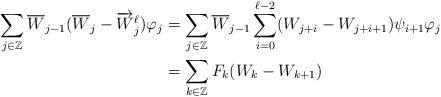
LaTeX: \begin{align*}\begin{aligned}\sum_{ j \in \mathbb{Z} } \overline{ W }_{ j -1 } ( \overline{W}_j - \overrightarrow{W}^\ell_j ) \varphi_j & = \sum_{ j \in \mathbb{Z} } \overline{ W }_{ j -1 } \sum_{ i = 0 }^{ \ell -2 } ( W_{ j + i } - W_{ j + i +1 } ) \psi_{ i + 1} \varphi_j \\& = \sum_{ k \in \mathbb{Z} } F_k ( W_k - W_{k + 1} ) \end{aligned}\end{align*}